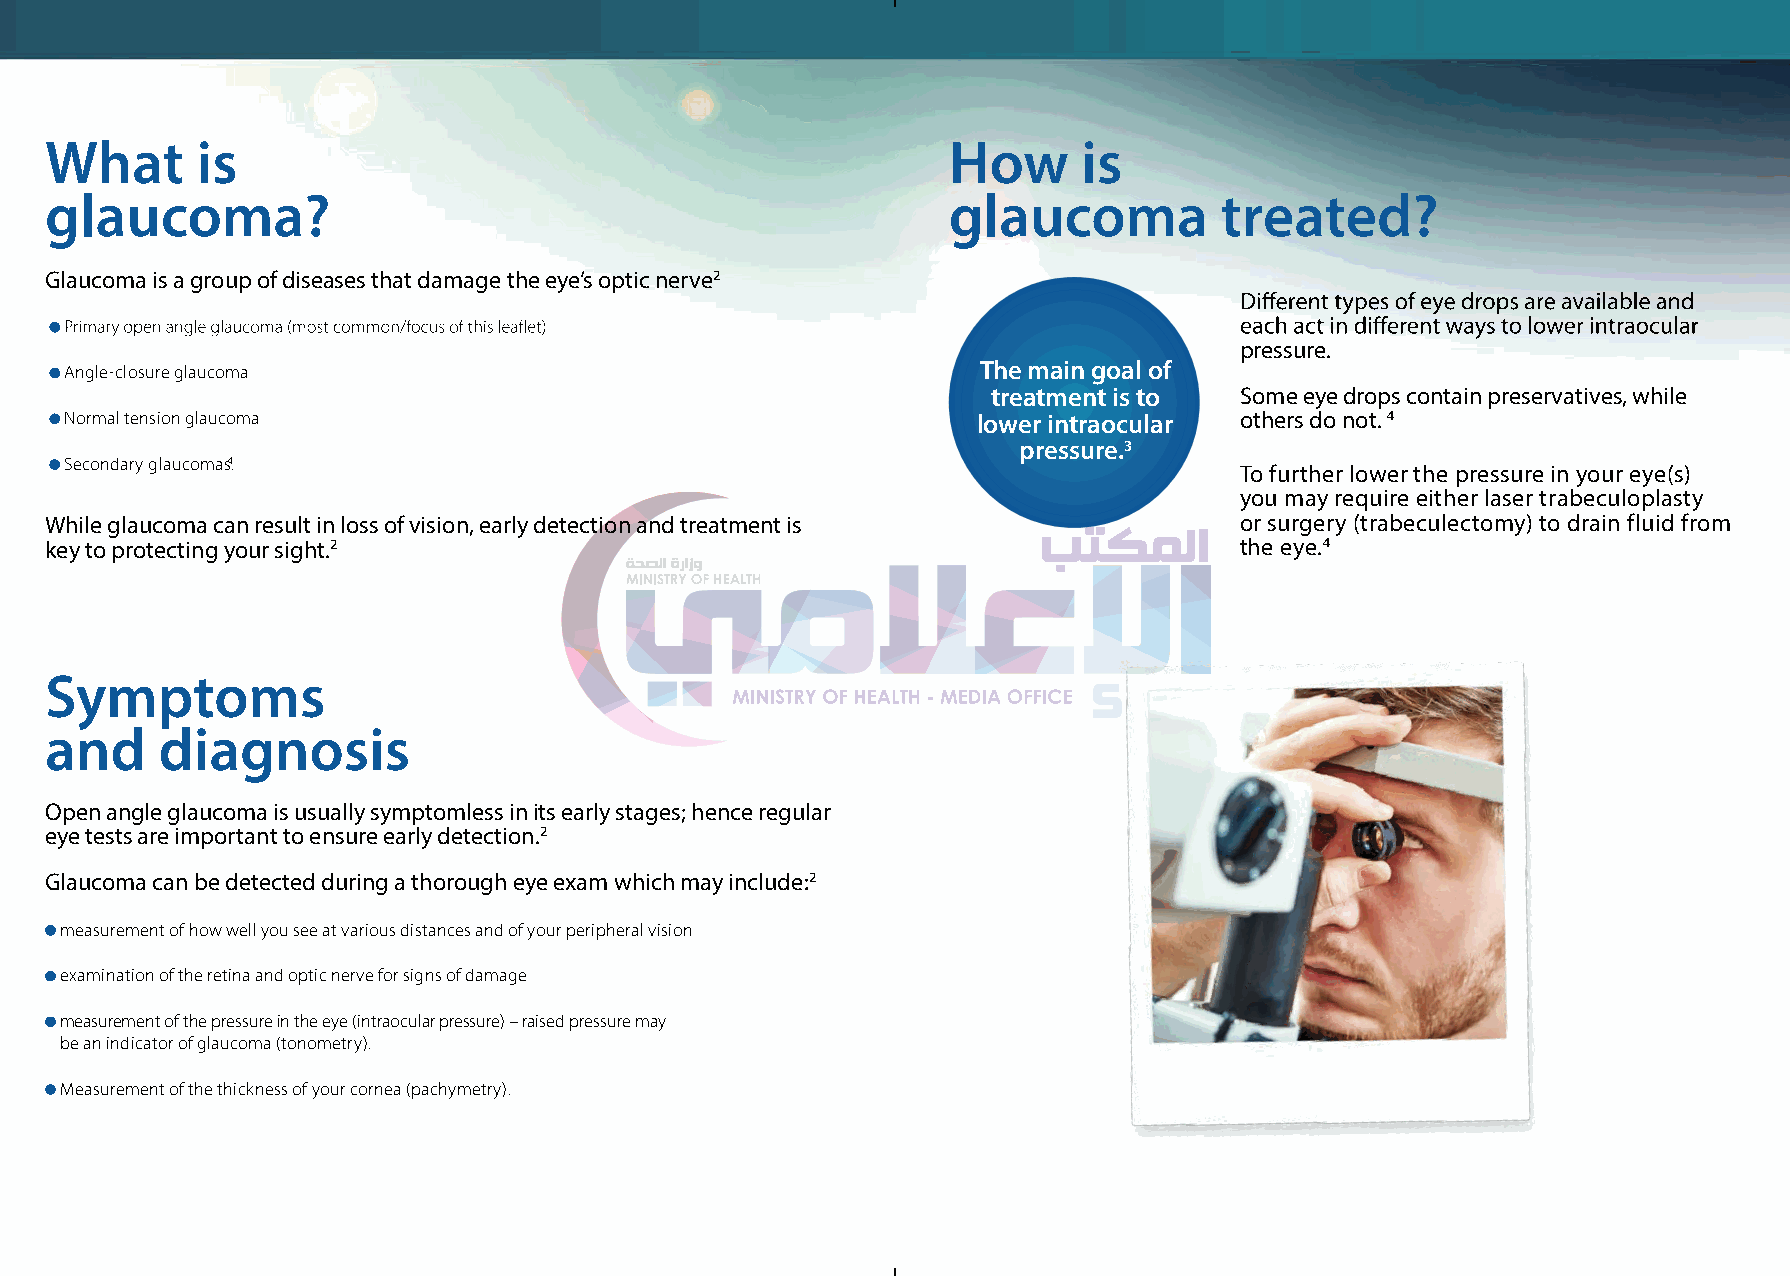
What      is                                                How      is
 glaucoma?                                                   glaucoma          treated?
 Glaucoma is a group of diseases that damage the eye’s optic nerve2
 pressure.
 Angle-closure glaucoma                                       The main goal of
 treatment is to Some eye drops contain preservatives, while
 Normal tension glaucoma                                      lower intraocular others do not. 4
 pressure.3
 Secondary glaucomas4.
 To further lower the pressure in your eye(s)
 you may require either laser trabeculoplasty
 While glaucoma can result in loss of vision, early detection and treatment is  or surgery (trabeculectomy) to drain fluid from
 key to protecting your sight.2                                                 the eye.4
 Symptoms
 and    diagnosis
 Open angle glaucoma is usually symptomless in its early stages; hence regular
 eye tests are important to ensure early detection.2
 Glaucoma can be detected during a thorough eye exam which may include:2
 measurement of how well you see at various distances and of your peripheral vision
 examination of the retina and optic nerve for signs of damage
 measurement of the pressure in the eye (intraocular pressure) – raised pressure may
 be an indicator of glaucoma (tonometry).
 Measurement of the thickness of your cornea (pachymetry).